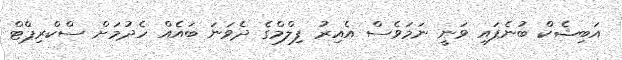
އަބިޝެކް ބުނެފައި ވަނީ ނަމަވެސް އެއިރު ފިލްމްގެ ދެވަނަ ބައެއް ހެދުމަށް ސްކްރިޕްޓް